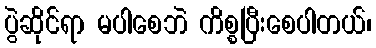
ပွဲဆိုင်ရာ မပါစေဘဲ ကိစ္စပြီးစေပါတယ်၊